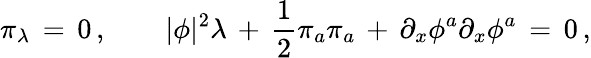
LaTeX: \pi_{\lambda}\, =\, 0\, ,\qquad|\phi|^{2}\lambda\, +\, {\frac{1}{2}}\pi_{a}\pi_{a}\, +\, \partial_{x}\phi^{a}\partial_{x}\phi^{a}\, =\, 0\, ,